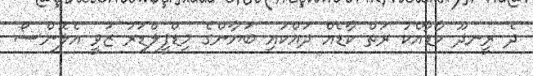
ދެ ރީނދޫ ކާޑާއެކު ރަތް ކާޑެއް ދައްކައި ބަޔާންގެ މިޑްފީލްޑަރު ޒަވީ އެލޮންސޯ